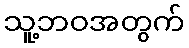
သူ့ဘဝအတွက်